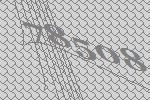
78508